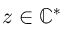
z \in \mathbb { C } ^ { * }